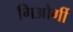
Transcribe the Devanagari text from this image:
गिओर्गी